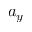
a _ { y }